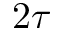
2 \tau